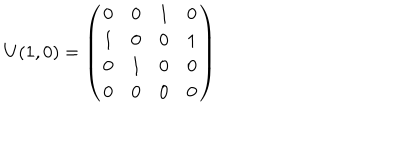
LaTeX: U ( 1 , 0 ) = \left( \begin{array} { c c c c } { { 0 } } & { { 0 } } & { { 1 } } & { { 0 } } \\ { { 1 } } & { { 0 } } & { { 0 } } & { { 1 } } \\ { { 0 } } & { { 1 } } & { { 0 } } & { { 0 } } \\ { { 0 } } & { { 0 } } & { { 0 } } & { { 0 } } \\ \end{array} \right)